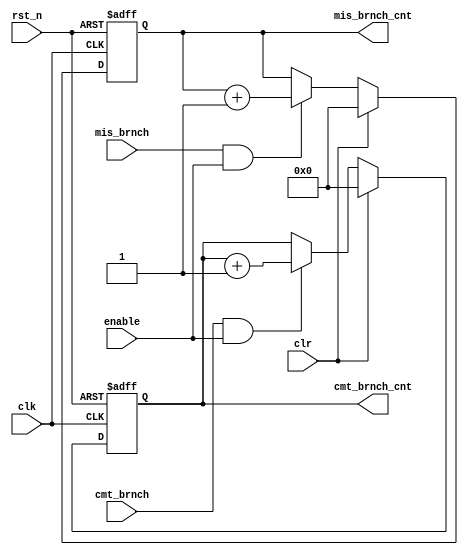
module performCount(/*autoarg*/
   // Outputs
   cmt_brnch_cnt, mis_brnch_cnt,
   // Inputs
   cmt_brnch, mis_brnch, clk, rst_n, clr, enable
   );

   input 	cmt_brnch;
   input 	mis_brnch;
   input 	clk,rst_n;
   input 	clr,enable;


 
   output [15:0] cmt_brnch_cnt;
   output [15:0] mis_brnch_cnt;
   


   reg [15:0] 	 cmt_brnch_count;
   reg [15:0] 	 mis_brnch_count;


   always@(posedge clk, negedge rst_n)
     begin
	if(!rst_n)
	  cmt_brnch_count <= 16'b0;
	else if(clr)
	  cmt_brnch_count <= 16'b0;
	else if(cmt_brnch && enable)
	  cmt_brnch_count <= cmt_brnch_count + 16'h1;
	else
	  cmt_brnch_count <= cmt_brnch_count;
     end

   always@(posedge clk, negedge rst_n)
     begin
	if(!rst_n)
	  mis_brnch_count <= 16'b0;
	else if(clr)
	  mis_brnch_count <= 16'b0;
	else if(mis_brnch && enable)
	  mis_brnch_count <= mis_brnch_count + 16'h1;
	else
	  mis_brnch_count <= mis_brnch_count;
     end

   assign cmt_brnch_cnt = cmt_brnch_count;
   assign mis_brnch_cnt = mis_brnch_count;
   
   
endmodule // performCount